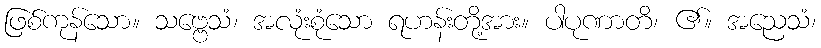
ဖြစ်ကုန်သော။ သဗ္ဗေသံ၊ အလုံးစုံသော ရဟန်းတို့အား။ ပါပုဏာတိ၊ ၏။ အညေသံ၊